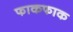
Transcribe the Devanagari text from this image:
फाकफाक